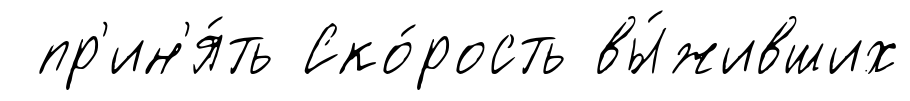
пр'ин'я́ть Ско́рость вы́живших